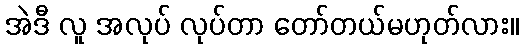
အဲဒီ လူ အလုပ် လုပ်တာ တော်တယ်မဟုတ်လား။